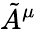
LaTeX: \tilde{A}^{\mu}